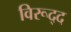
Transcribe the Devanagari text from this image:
विरूद्द